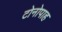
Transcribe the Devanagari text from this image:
टोनोपाह